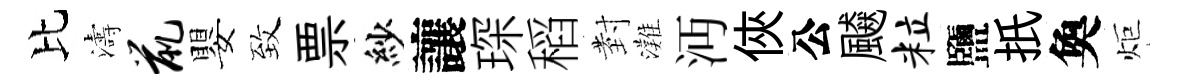
比濤鼠嬰致票紗讓琛稻𭔹灘沔俠公飇粒鹽扺奐炬